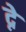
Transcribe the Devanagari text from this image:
द्ने